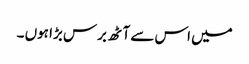
میں اس سے آٹھ برس بڑا ہوں ۔